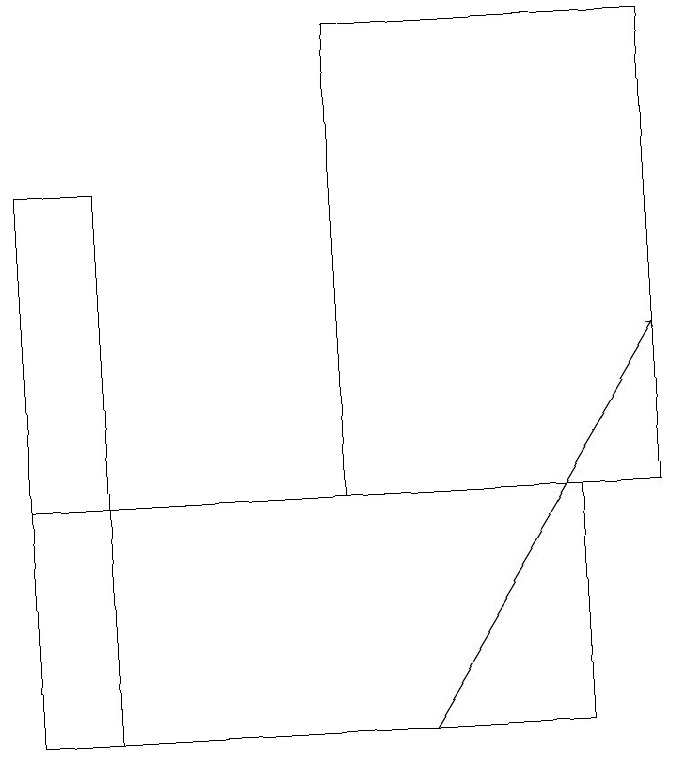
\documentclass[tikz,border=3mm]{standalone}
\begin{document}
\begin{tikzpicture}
\draw (8,10) rectangle (1,13);
\draw (9,19) rectangle (5,13);
\draw[->] (6,10) -- (9,15);
\draw (2,10) rectangle (1,17);
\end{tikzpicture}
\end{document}